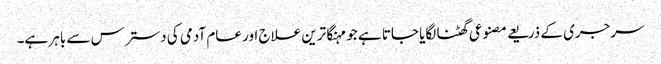
سرجری کے ذریعے مصنوعی گھٹنا لگایا جاتا ہے جو مہنگا ترین علاج اور عام آدمی کی دسترس سے باہر ہے۔